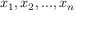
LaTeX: x _ { 1 } , x _ { 2 } , . . . , x _ { n }